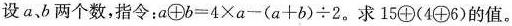
设a、b两个数，指令：$$a\bigoplus b=4\times a-(a+b)\div 2$$。求$$15\bigoplus (4\bigoplus6)$$的值。